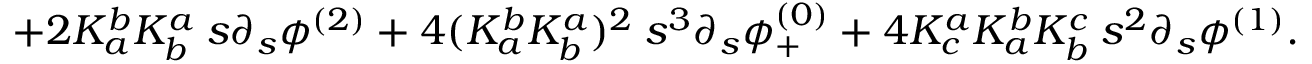
\; \; \; \; \; + 2 K _ { a } ^ { b } K _ { b } ^ { a } \: s \partial _ { s } \phi ^ { ( 2 ) } + 4 ( K _ { a } ^ { b } K _ { b } ^ { a } ) ^ { 2 } \: s ^ { 3 } \partial _ { s } \phi _ { + } ^ { ( 0 ) } + 4 K _ { c } ^ { a } K _ { a } ^ { b } K _ { b } ^ { c } \: s ^ { 2 } \partial _ { s } \phi ^ { ( 1 ) } .